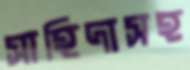
সাহিদাসহ